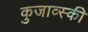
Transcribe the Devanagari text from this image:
कुजाव्स्की